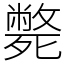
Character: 斃